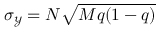
\sigma _ { \mathcal { Y } } = N \sqrt { M q ( 1 - q ) }